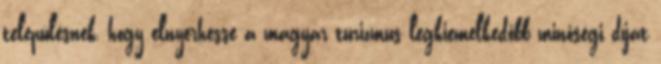
településnek, hogy elnyerhesse a magyar turizmus legkiemelkedőbb minőségi díját